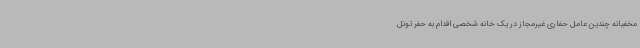
مخفیانه چندین عامل حفاری غیرمجاز در یک خانه شخصی اقدام به حفر تونل